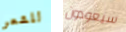
للشعر سيعودون